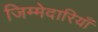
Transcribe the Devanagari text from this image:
जिम्मेदारियॉं